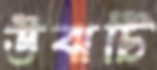
উঝটি